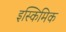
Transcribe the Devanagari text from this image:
इस्किमिक